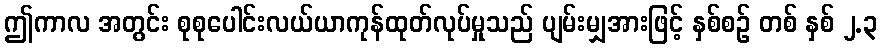
ဤကာလ အတွင်း စုစုပေါင်းလယ်ယာကုန်ထုတ်လုပ်မှုသည် ပျမ်းမျှအားဖြင့် နှစ်စဉ် တစ် နှစ် ၂.၃